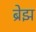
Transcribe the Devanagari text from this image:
ब्रेझ